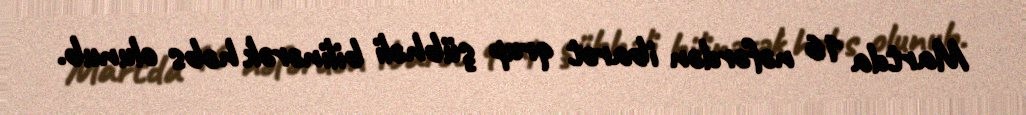
Martda 16 nəfərdən ibarət qrup şübhəli bilinərək həbs olunub.